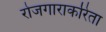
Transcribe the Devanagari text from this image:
रोजगाराकरिता